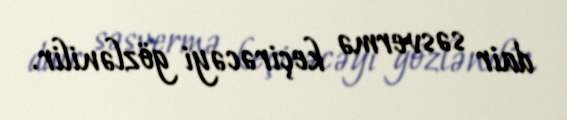
dair səsvermə keçirəcəyi gözlənilir.